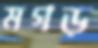
মগড়